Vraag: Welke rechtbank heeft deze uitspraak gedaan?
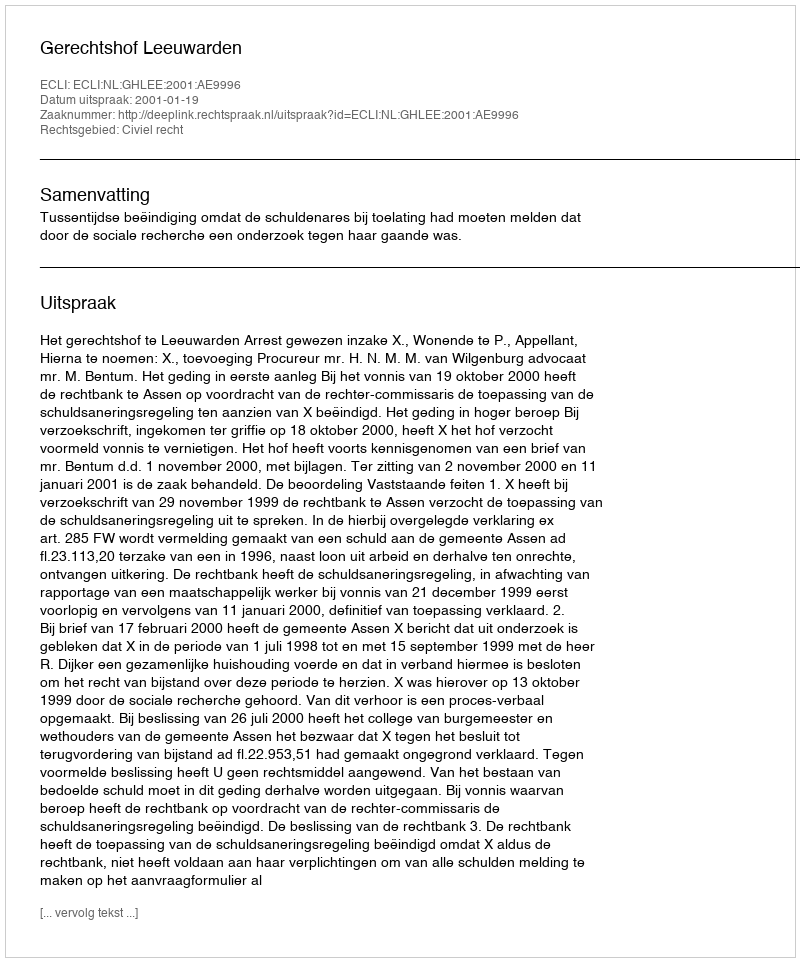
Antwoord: Gerechtshof Leeuwarden